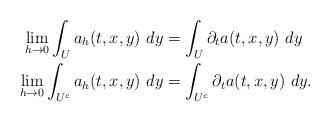
LaTeX: \begin{align*}\lim_{h\to 0} \int_{U}a_h(t,x,y)\ dy&= \int_{U}\partial_t a(t,x,y)\ dy \\\lim_{h\to0} \int_{U^c}a_h(t,x,y)\ dy&= \int_{U^c}\partial_t a(t,x,y)\ dy. \end{align*}